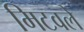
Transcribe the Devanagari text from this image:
मिटवले